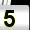
Digit: 5